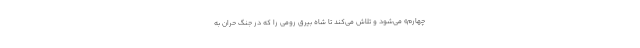
چهارم» می‌شود و تلاش می‌کند تا شاه بیرق رومی را که در جنگ حران به